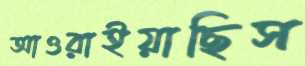
আওরাইয়াছিস